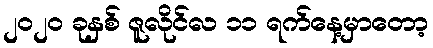
၂၀၂၀ ခုနှစ် ဇူလိုင်လ ၁၁ ရက်နေ့မှာတော့